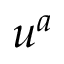
u ^ { a }